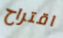
اقتراح